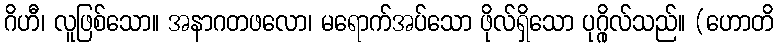
ဂိဟီ၊ လူဖြစ်သော။ အနာဂတဖလော၊ မရောက်အပ်သော ဖိုလ်ရှိသော ပုဂ္ဂိုလ်သည်။ (ဟောတိ